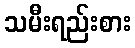
သမီးရည်းစား